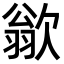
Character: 𪴱